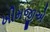
ખીમજીએ